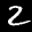
Label: 2